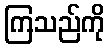
ကြသည်ကို